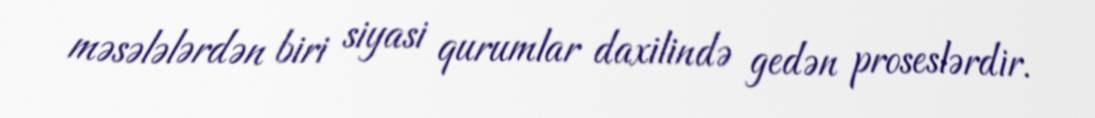
məsələlərdən biri siyasi qurumlar daxilində gedən proseslərdir.